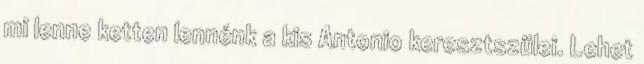
mi lenne ketten lennénk a kis Antonio keresztszülei. Lehet